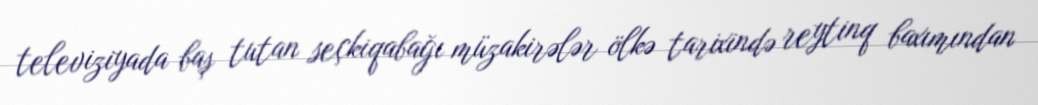
televiziyada baş tutan seçkiqabağı müzakirələr ölkə tarixində reytinq baxımından